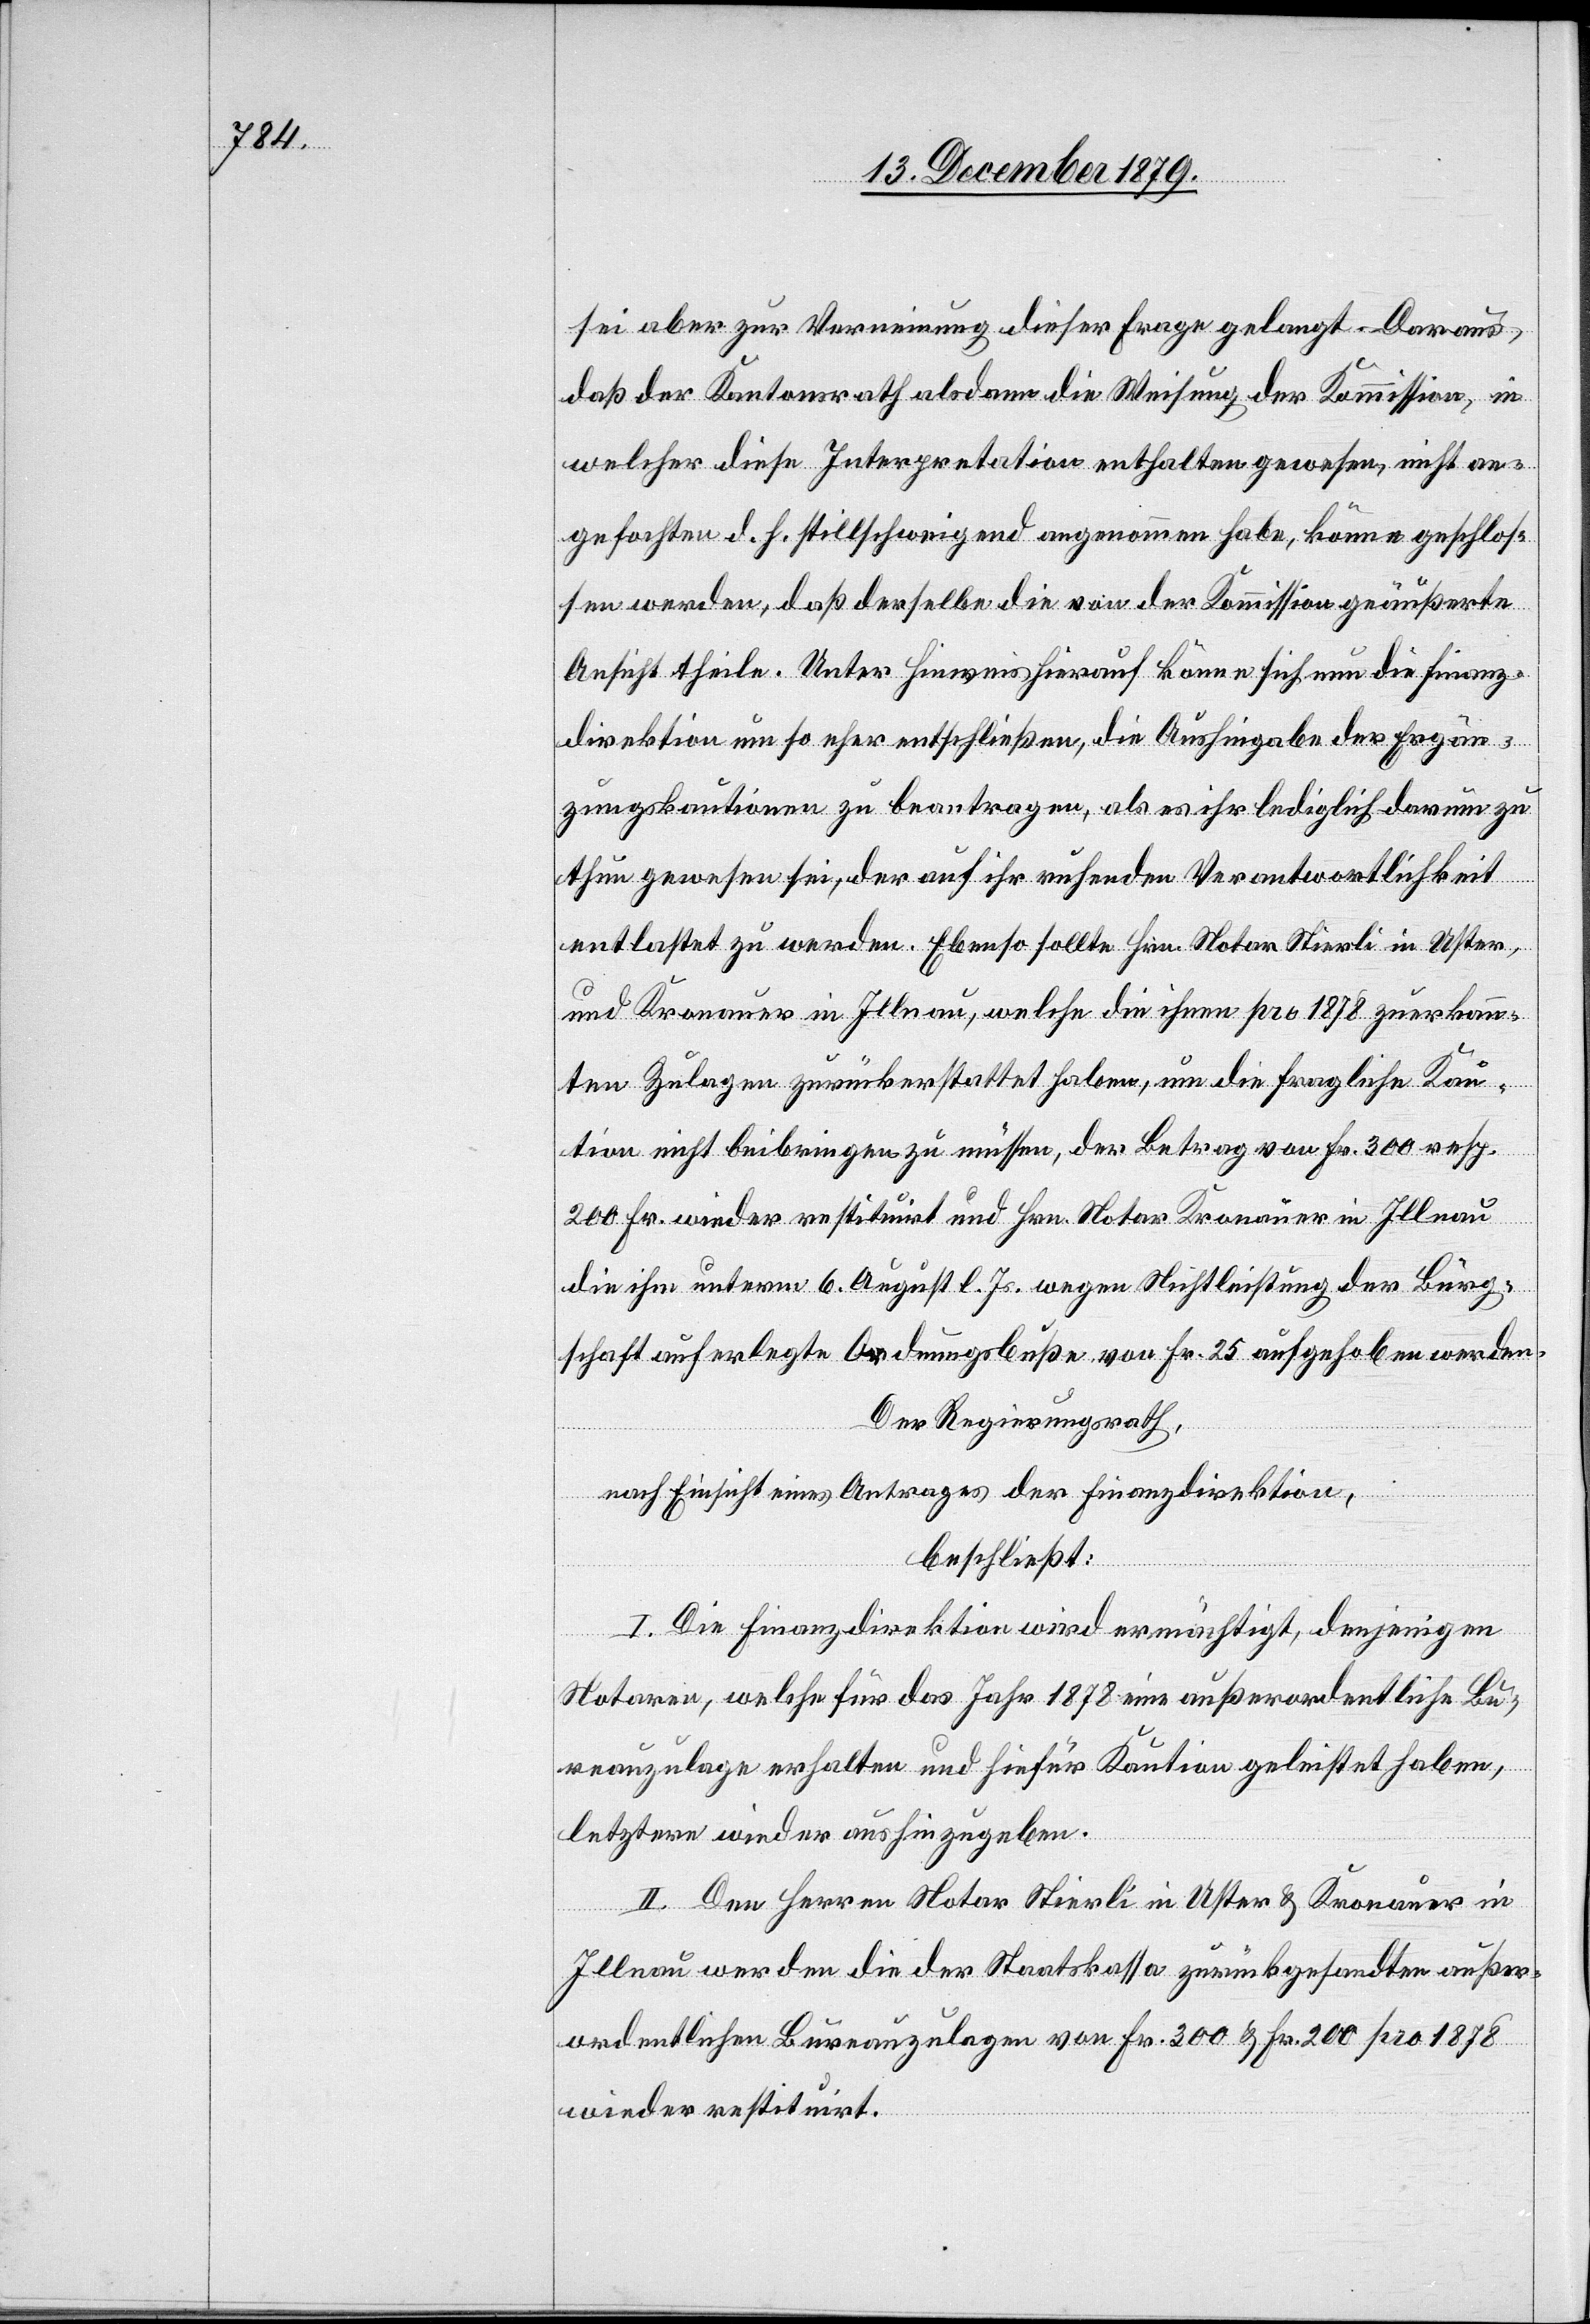
sei aber zur Verneinung dieser Frage gelangt. Daraus
daß der Kantonsrath alsdann die Weisung der Kommission, in
welcher diese Interpretation enthalten gewesen, nicht an¬
gefochten, d. h. stillschweigend angenommen habe, könne geschlos¬
sen werden, daß derselbe die von der Kommission geäußerte
Ansicht theile. Unter Hinweis hierauf könne sich nun die Finanz¬
direktion um so eher entschließen, die Aushingabe der Ergän¬
zungskautionen zu beantragen, als es ihr lediglich darum zu
thun gewesen sei, der auf ihr ruhenden Verantwortlichkeit
entlastet zu werden. Ebenso sollte Hrn. Notar Stierli in Uster,
und Kronauer in Illnau, welche die ihnen pro 1878 zuerkann¬
ten Zulagen zurückerstattet haben, um die fragliche Kau¬
tion nicht beibringen zu müssen, der Betrag von Fr. 300 resp.
200 Fr. wieder restituirt und Hrn. Notar Kronauer in Illnau
die ihm unterm 6. August l. Js. wegen Nichtleistung der Bürg¬
schaft auferlegte Ordnungsbuße von Fr. 25 aufgehoben werden.
Der Regierungsrath,
nach Einsicht eines Antrages der Finanzdirektion,
beschließt:
I. Die Finanzdirektion wird ermächtigt, denjenigen
Notaren, welche für das Jahr 1878 eine außerordentliche Bu¬
reauzulage erhalten und hiefür Kaution gleistet haben,
letztere wieder aushinzugeben.
II. Den Herren Notar Stierli in Uster & Kronauer in
Illnau werden die der Staatskassa zurückgesandten außer¬
ordentlichen Bureauzulagen von Fr. 300 & Fr. 200 pro 1878
wieder restituirt.